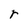
Character: r